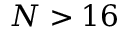
N > 1 6